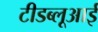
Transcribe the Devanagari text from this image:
टीडब्लूआई